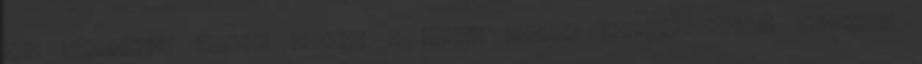
van szüksége. Minden esetre a pasas eléggé zsarnokoskodó, szerinte